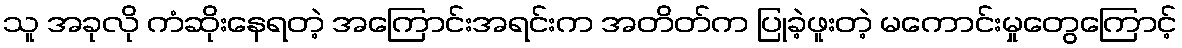
သူ အခုလို ကံဆိုးနေရတဲ့ အကြောင်းအရင်းက အတိတ်က ပြုခဲ့ဖူးတဲ့ မကောင်းမှုတွေကြောင့်